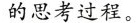
的思考过程。